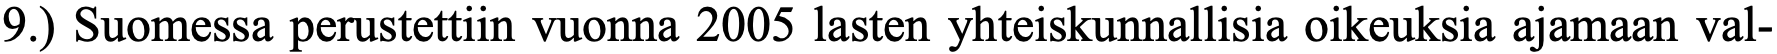
9.) Suomessa perustettiin vuonna 2005 lasten yhteiskunnallisia oikeuksia ajamaan val-